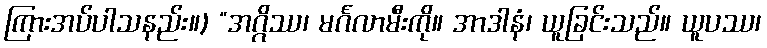
ကြားအပ်ပါသနည်း။) “အဂ္ဂိဿ၊ မင်္ဂလာမီးကို။ အာဒါနံ၊ ယူခြင်းသည်။ ယူပဿ၊